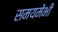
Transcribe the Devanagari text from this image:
समयमेंभी